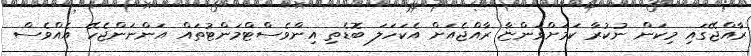
ރާއްޖޭގައި މިކަން ނުކުރާ ކަމަށްވަންޏާ ރާއްޖެއަށް އެކަހަލަ ބޮޑެތި އިންވެސްޓްމަންޓުތައް އަންނަންޖެހޭ އެއްވެސް